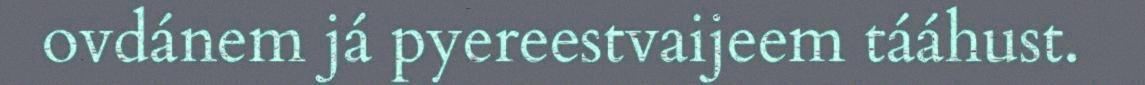
ovdánem já pyereestvaijeem tááhust.